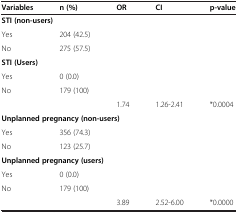
<table><thead><tr><td><b>Variables</b></td><td><b>n (%)</b></td><td><b>OR</b></td><td><b>CI</b></td><td><b>p-value</b></td></tr></thead><tbody><tr><td colspan="5"><b>STI (non-users)</b></td></tr><tr><td>Yes</td><td>204 (42.5)</td><td> </td><td> </td><td> </td></tr><tr><td>No</td><td>275 (57.5)</td><td> </td><td> </td><td> </td></tr><tr><td colspan="5"><b>STI (Users)</b></td></tr><tr><td>Yes</td><td>0 (0.0)</td><td> </td><td> </td><td> </td></tr><tr><td>No</td><td>179 (100)</td><td> </td><td> </td><td> </td></tr><tr><td> </td><td> </td><td>1.74</td><td>1.26-2.41</td><td>*0.0004</td></tr><tr><td colspan="5"><b>Unplanned pregnancy (non-users)</b></td></tr><tr><td>Yes</td><td>356 (74.3)</td><td> </td><td> </td><td> </td></tr><tr><td>No</td><td>123 (25.7)</td><td> </td><td> </td><td> </td></tr><tr><td colspan="5"><b>Unplanned pregnancy (users)</b></td></tr><tr><td>Yes</td><td>0 (0.0)</td><td> </td><td> </td><td> </td></tr><tr><td>No</td><td>179 (100)</td><td> </td><td> </td><td> </td></tr><tr><td> </td><td> </td><td>3.89</td><td>2.52-6.00</td><td>*0.0000</td></tr></tbody></table>